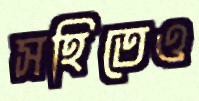
সহিতেও